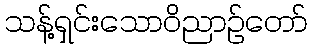
သန့်ရှင်းသောဝိညာဉ်တော်